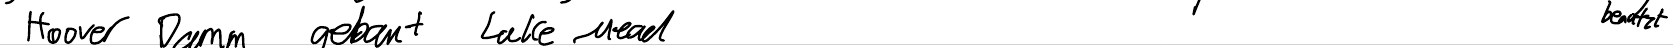
Hoover Damm gebaut Lake Mead